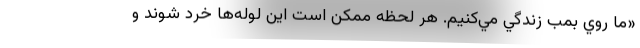
«ما روي بمب زندگي مي‌كنيم. هر لحظه ممكن است اين لوله‌ها خرد شوند و